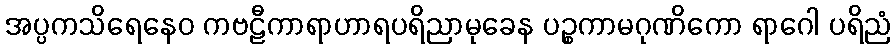
အပ္ပကသိရေနေဝ ကဗဠီကာရာဟာရပရိညာမုခေန ပဉ္စကာမဂုဏိကော ရာဂေါ ပရိညံ